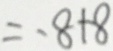
= - 8 + 8